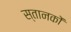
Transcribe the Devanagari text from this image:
स्तानकों